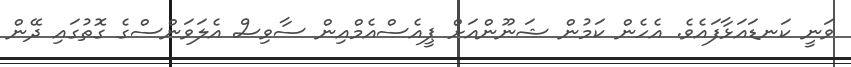
ވަނީ ކަނޑައަޅާފައެވެ. އެހެން ކަމުން ޝަނޫންއަށް ޕީއެސްއެމްއިން ސާވިސް އެލަވަންސްގެ ގޮތުގައި ދޭން